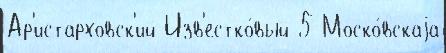
Ар'истарховск'ий Изв'естко́вый 5 Моско́вскаjа